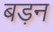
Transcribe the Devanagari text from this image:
बड़न